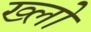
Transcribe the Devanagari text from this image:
ख्लो